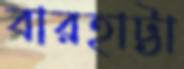
বারহাট্টা